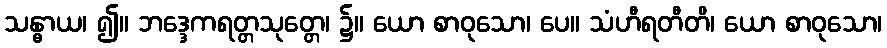
သန္ဓာယ၊ ၍။ ဘဒ္ဒေကရတ္တသုတ္တေ၊ ၌။ ယော စာဝုသော၊ ပေ။ သံဟီရတီတိ၊ ယော စာဝုသော၊